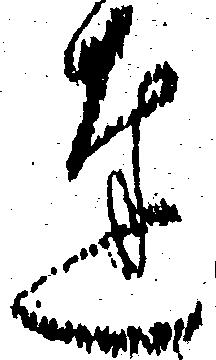
達